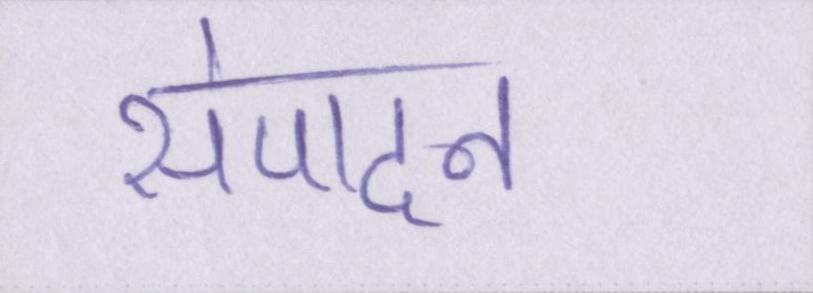
संपादन